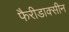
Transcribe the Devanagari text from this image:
फैरीडाक्सीन